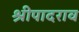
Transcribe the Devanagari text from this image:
श्रीपादराव